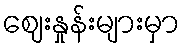
ဈေးနှုန်းများမှာ